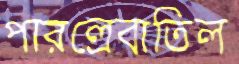
পারল্রেবাতিল